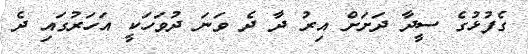
ގެފުޅުގެ ސީދާ ދަށަށް އިރު ދާ ދެ ވަނަ ދުވަހަކީ އަހަރުގައި ދެ